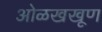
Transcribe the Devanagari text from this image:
ओळखखूण